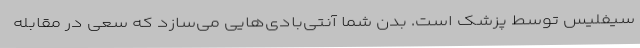
سیفلیس توسط پزشک است. بدن شما آنتی‌بادی‌هایی می‌سازد که سعی در مقابله